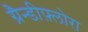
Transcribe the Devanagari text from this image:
ग्रैन्डीफ़्लोरा